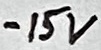
Text: -15V